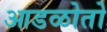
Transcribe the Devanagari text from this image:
आडळोतो